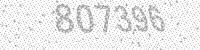
Solution: 807396